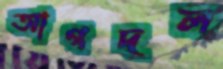
আগদল